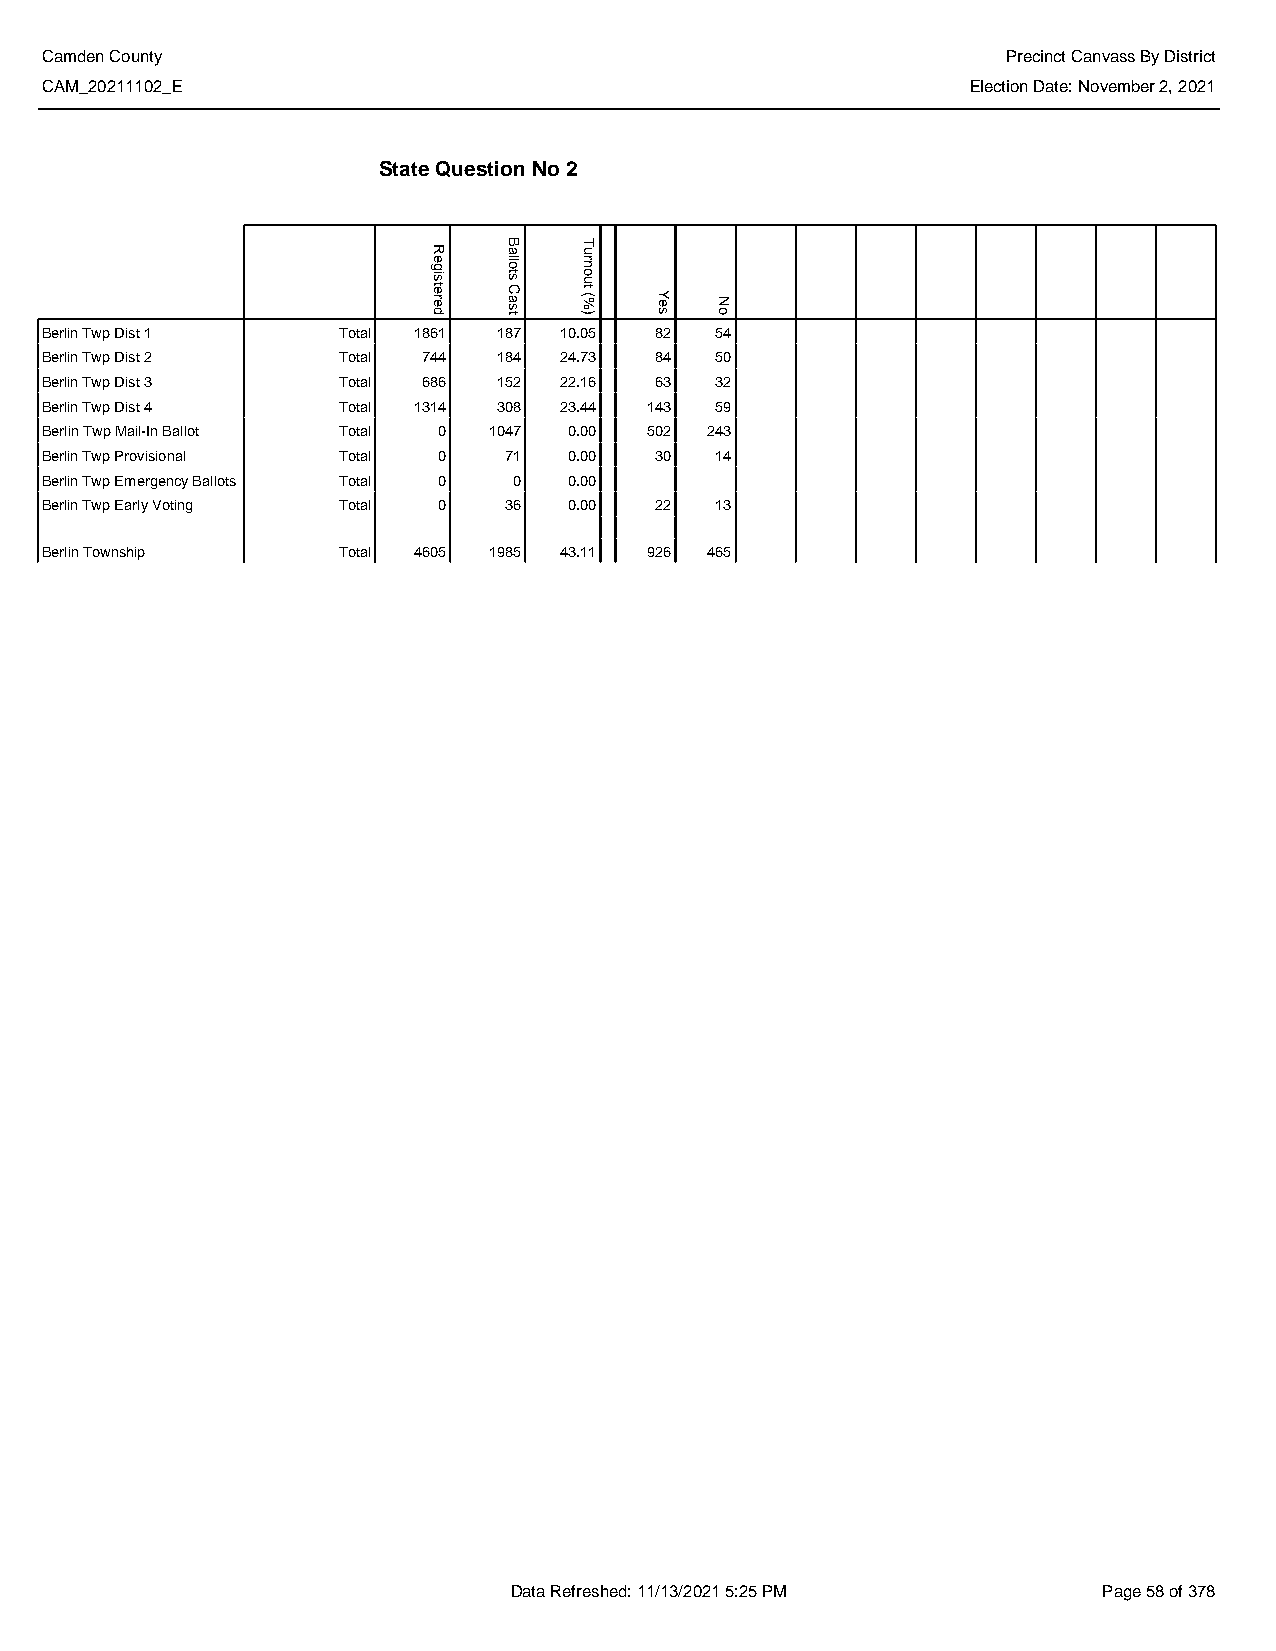
Camden County                                                   Precinct Canvass By District
 CAM_20211102_E                                               Election Date: November 2, 2021
 State Question No 2
 Berlin Twp Dist 1  Total 1861 187 10.05 82  54
 Berlin Twp Dist 2  Total 744  184 24.73 84  50
 Berlin Twp Dist 3  Total 686  152 22.16 63  32
 Berlin Twp Dist 4  Total 1314 308 23.44 143 59
 Berlin Twp Mail-In Ballot Total 0 1047 0.00 502 243
 Berlin Twp Provisional Total 0 71  0.00 30  14
 Berlin Twp Emergency Ballots Total 0 0 0.00
 Berlin Twp Early Voting Total 0 36 0.00 22  13
 Berlin Township    Total 4605 1985 43.11 926 465
 Data Refreshed: 11/13/2021 5:25 PM     Page 58 of 378
 Registered
 Ballots
 Cast
 Turnout
 (%)  Yes No